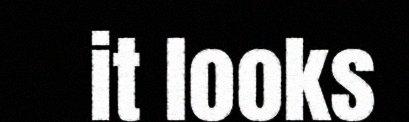
it looks